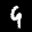
Label: 9